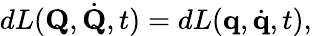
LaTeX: dL(\mathbf{Q},{\dot{\mathbf{Q}}},t)=dL(\mathbf{q},{\dot{\mathbf{q}}},t),